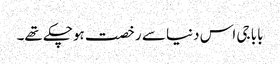
بابا جی اس دنیا سے رخصت ہوچکے تھے۔